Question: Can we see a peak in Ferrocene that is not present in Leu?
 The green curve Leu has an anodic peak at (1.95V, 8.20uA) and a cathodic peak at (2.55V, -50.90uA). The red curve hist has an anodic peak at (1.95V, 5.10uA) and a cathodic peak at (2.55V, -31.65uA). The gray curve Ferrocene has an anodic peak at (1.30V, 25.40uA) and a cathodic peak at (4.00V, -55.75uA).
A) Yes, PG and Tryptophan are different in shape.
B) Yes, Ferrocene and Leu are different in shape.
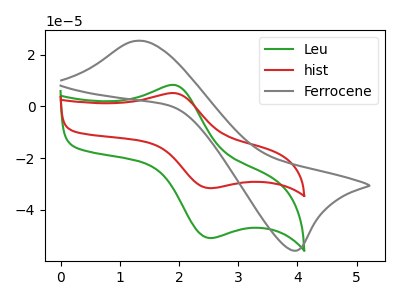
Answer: <think>"Ferrocene" and "Leu" have at least one peak that do not match.
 </think>
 <answer>B) Yes, "Ferrocene" and "Leu" are different in shape.</answer>
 <eval>B</eval>